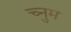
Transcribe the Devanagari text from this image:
च्नुम